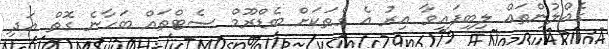
ގެއްލުންތައް ލިބިފައިވާ އިރު އެ ގެތަކަށް ބެޑްރޫމް ސެޓްތައް ބަހާނެ ގޮތް އަދި